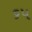
૬પ